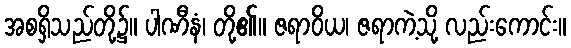
အစရှိသည်တို့၌။ ပါဏီနံ၊ တို့၏။ ဇရာဝိယ၊ ဇရာကဲ့သို့ လည်းကောင်း။